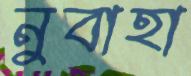
নুবাহা